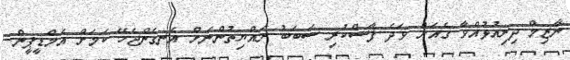
ނާޒިމް ދިރިއުޅުއްވާ ގެއަށް ވަދެ ފާސްކުރި ސަބަބު ރައްޔިތުންނަށް އެނގެންޖެހޭ ކަމަށް އެމްޑީޕީން